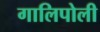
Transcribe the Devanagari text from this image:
गालिपोली